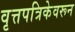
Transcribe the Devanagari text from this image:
वृत्तपत्रिकेवरून